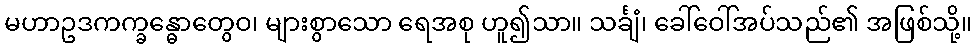
မဟာဥဒကက္ခန္ဓောတွေဝ၊ များစွာသော ရေအစု ဟူ၍သာ။ သင်္ချံ၊ ခေါ်ဝေါ်အပ်သည်၏ အဖြစ်သို့။